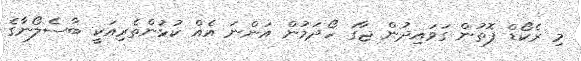
މިި ރެކޯޑް ފޮތުން ގަވައިދުން ޖާގަ ހޯދަމުން އަންނަ އެއް ކުޅުންތެރިއަކީ ބާސެލޯނާގެ